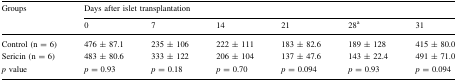
<table><thead><tr><td rowspan="2"><b>Groups</b></td><td colspan="6"><b>Days after islet transplantation</b></td></tr><tr><td><b>0</b></td><td><b>7</b></td><td><b>14</b></td><td><b>21</b></td><td><b>28<sup>a</sup></b></td><td><b>31</b></td></tr></thead><tbody><tr><td>Control (n = 6)</td><td>476 ± 87.1</td><td>235 ± 106</td><td>222 ± 111</td><td>183 ± 82.6</td><td>189 ± 128</td><td>415 ± 80.0</td></tr><tr><td>Sericin (n = 6)</td><td>483 ± 80.6</td><td>333 ± 122</td><td>206 ± 104</td><td>137 ± 47.6</td><td>143 ± 22.4</td><td>491 ± 71.0</td></tr><tr><td><i>p</i> value</td><td><i>p</i> = 0.93</td><td><i>p</i> = 0.18</td><td><i>p</i> = 0.70</td><td><i>p</i> = 0.094</td><td><i>p</i> = 0.93</td><td><i>p</i> = 0.094</td></tr></tbody></table>